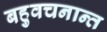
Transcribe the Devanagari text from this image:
बहुवचनान्त